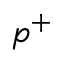
p ^ { + }